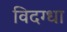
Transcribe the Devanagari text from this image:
विदग्धा